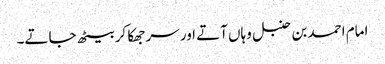
امام احمد بن حنبل وہاں آتے اور سر جھکا کر بیٹھ جاتے۔